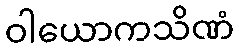
ဝါယောကသိဏံ